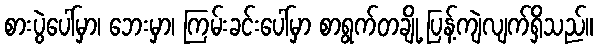
စားပွဲပေါ်မှာ၊ ဘေးမှာ၊ ကြမ်းခင်းပေါ်မှာ စာရွက်တချို့ ပြန့်ကျဲလျက်ရှိသည်။